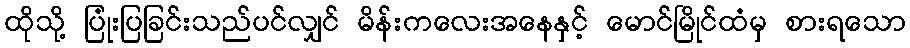
ထိုသို့ ပြုံးပြခြင်းသည်ပင်လျှင် မိန်းကလေးအနေနှင့် မောင်မြိုင်ထံမှ စားရသော